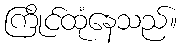
ကြိုင်ထုံနေသည်။